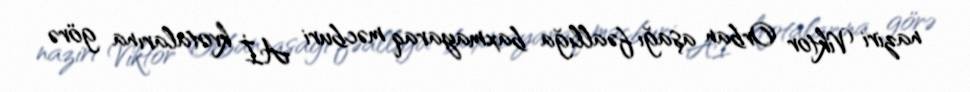
naziri Viktor Orban aşağı fəallığa baxmayaraq məcburi Aİ kvotalarına görə